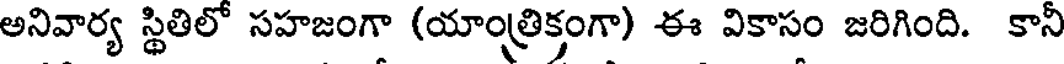
అనివార్య స్థితిలో సహజంగా (యాంత్రిక్తంగా) ఈ వికాసం జరిగింది. కానీ